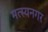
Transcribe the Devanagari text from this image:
मत्स्यनगर